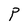
Character: P